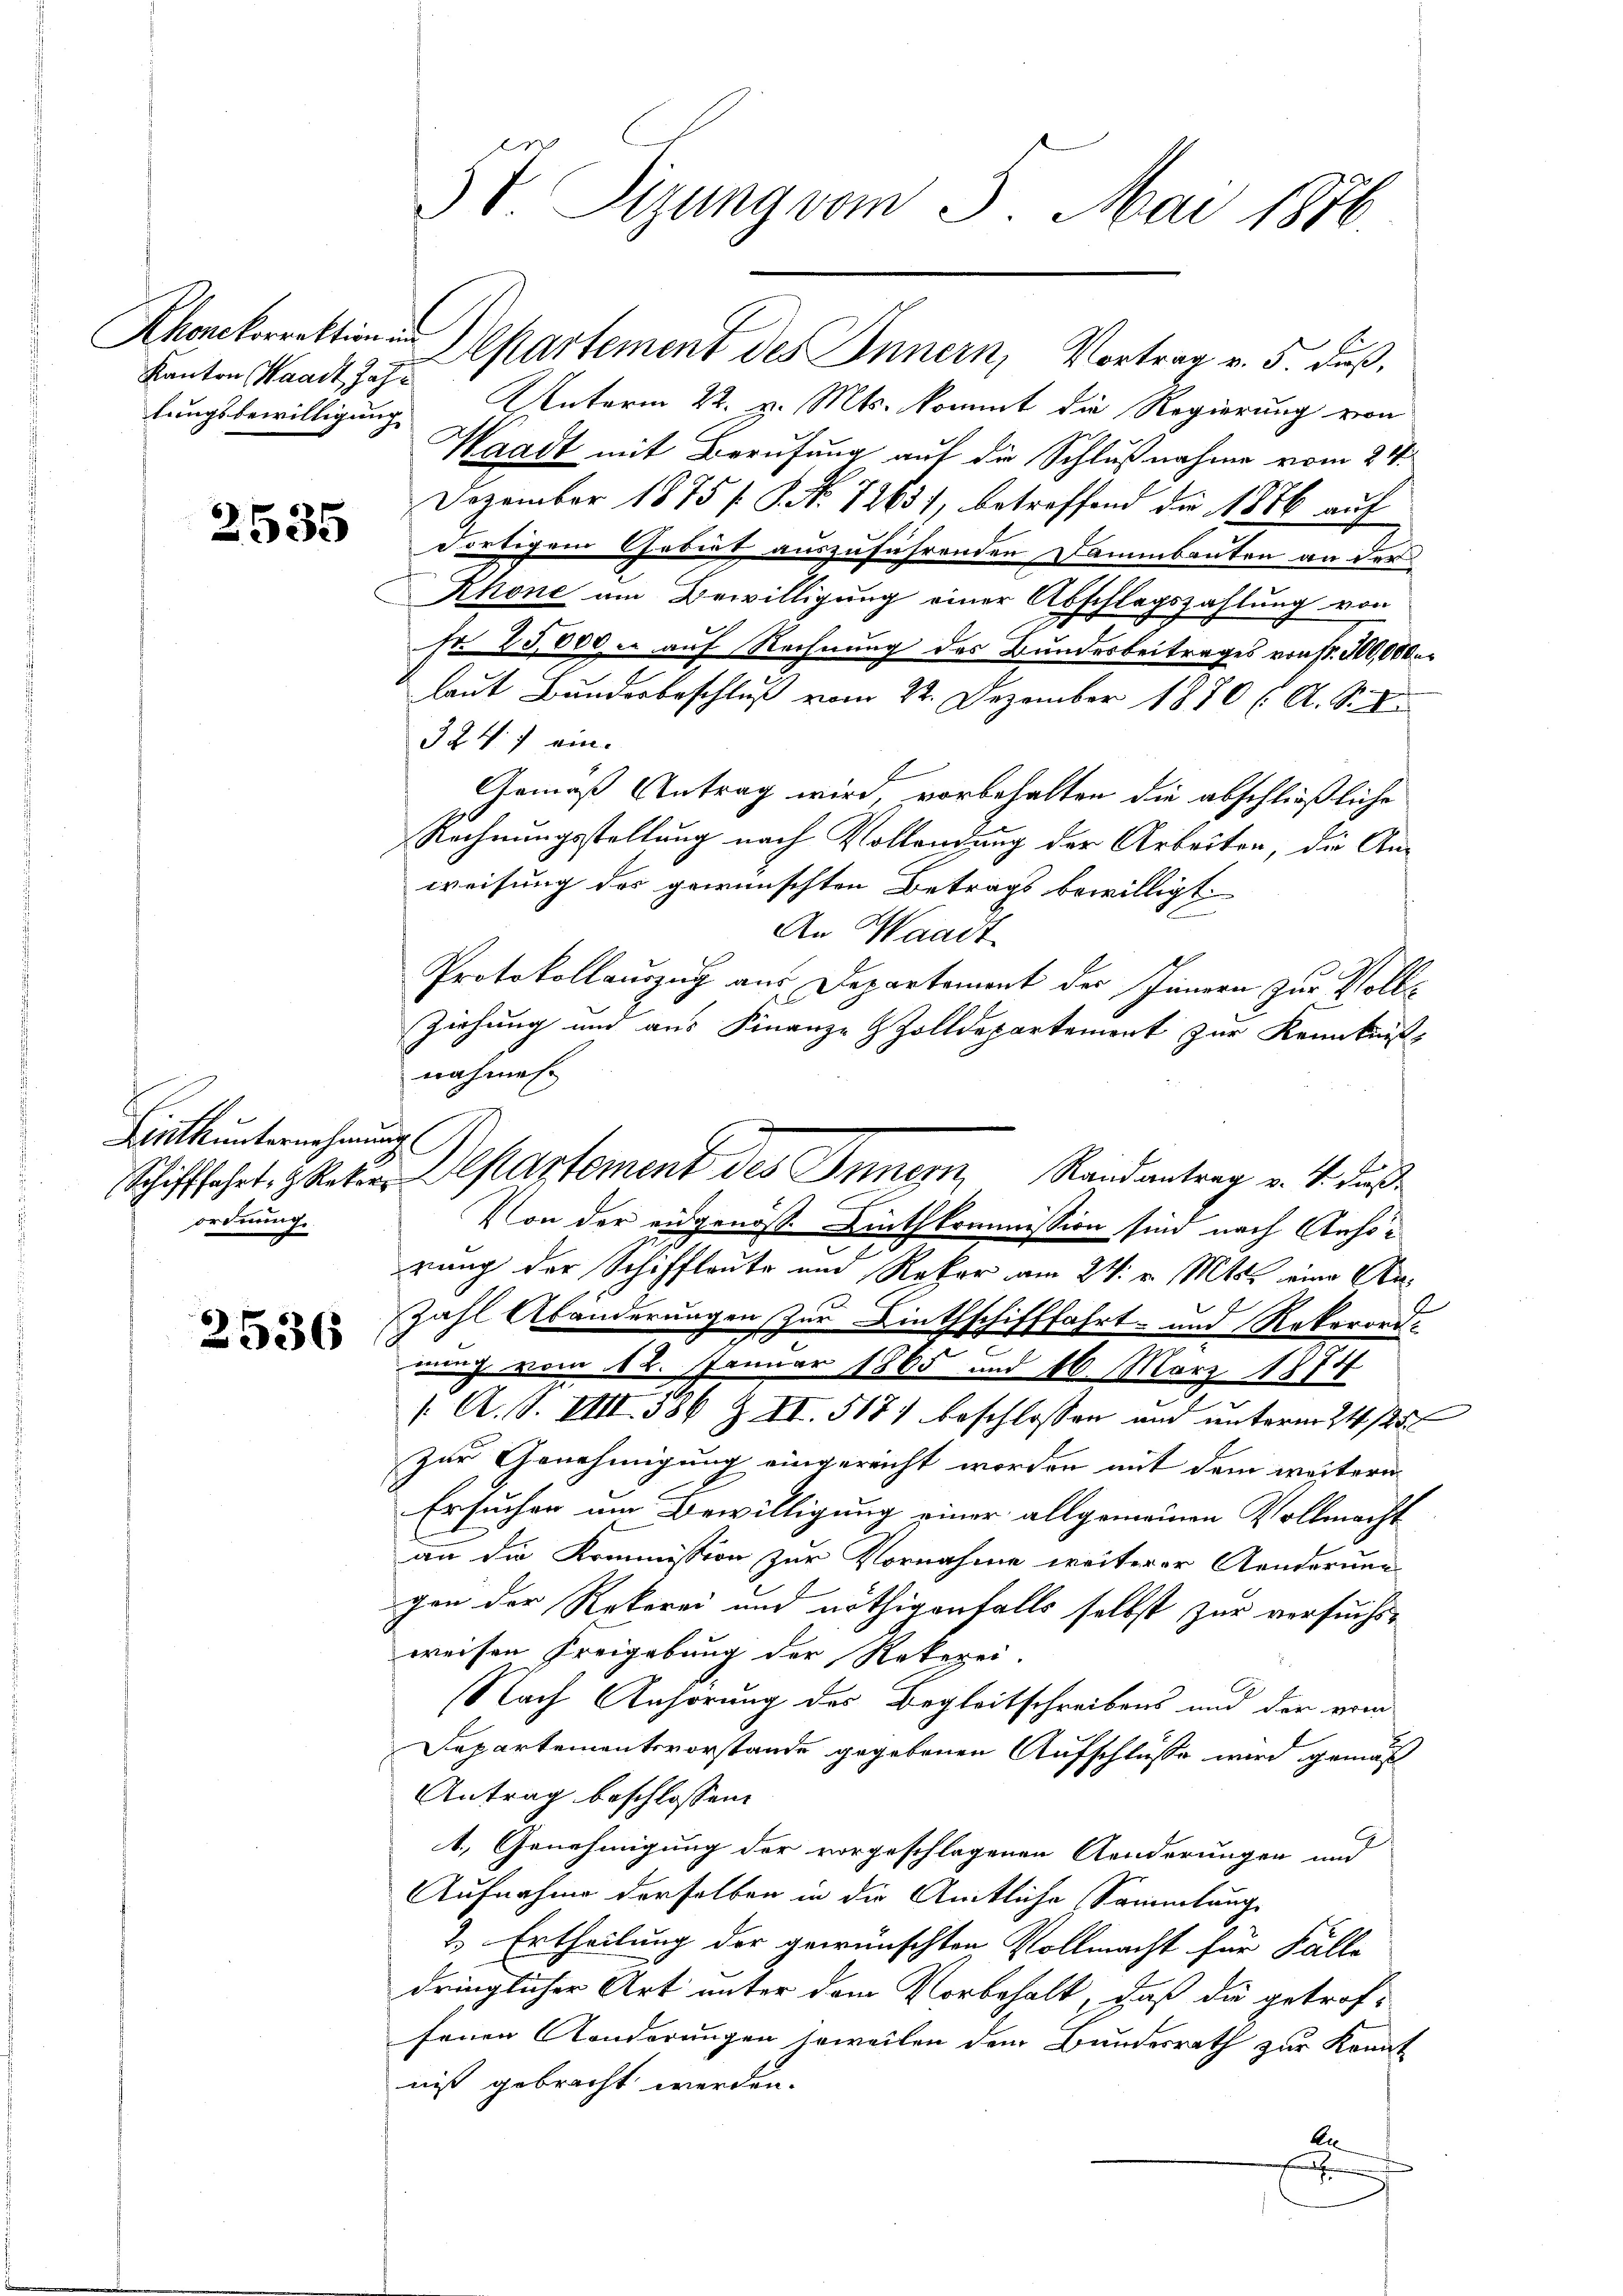
Kanton Waadt Jahr

2535

Linthunternehmung
ordnung.

2536

5t. Sizung vom 5. Mai 1876.

Khonkorrektion in Departement des Innern, Vortrag v. 5. Fuß,
lungsbewilligung Unterm 22. v. Mts. kommt die Regierung von
Waadt mit Berufung auf die Schlußnahme vom 24.
Dezember 1875 s. S. Nr. 72631, betreffend die 1886 auf
dortigem Gebiet auszuführenden Dammbauten an der
Khone am Bewilligung einer Abschlagszahlung von
2
tr 25000 auf Rechnung des Bundesbeitrages von fr. 300,000
laut Bundesbeschluß vom 22. Dezember 1870 ( A. S.
324. 7 ein.
Gemäß Antrag wird vorbehalten die abschließliche
Rechnungsstellung nach Vollendung der Arbeiten, die Anweisung des gewünschten Betrags bewilligt.
b
An Waadt
Protokollauszug aus Departement der Innern zur Voll¬
Ziehung und aus Finanze & Zolldepartement zur Kenntnis,
nahmen.
Von der eidgenöss Linthkommission sind nach Anhörung der Schiffleute um Rekar am 24. v. Mts. eine An¬
Zahl Abänderungen zur Linthschifffahrt- und Rokarord-
ng vom 12. Januar 1865 und 16. März 1874
/. A. S. VIII 586 Z II. 517) beschlossen und unterm 24. 125.
zur Genehmigung eingereicht worden mit dem weitern
Ersuchen um Bewilligung einer allgemeinen Vollmacht
an die Kommission zur Vornahme weiterer Aenderung
gen der Rekerei und nöthigenfalls selbst zur versuchsweisen Freigebung der Rekerei.
Nach Anhörung des Begleitschreibens und der vom
Departementsvorstande gegebenen Aufschlüsse wird gemäß
Antrag beschlossen:
2
1. Genehmigung der vorgeschlagenen Aenderungen und
Aufnahme derselben in die Amtliche Sammlung
2.) Ertheilung der gewünschten Vollmacht für Fälle
dringlicher Art unter dem Vorbehalt, daß die getrof-
fenen Konderungen jeweilen dem Bundesrath zur Konnt
niß gebracht werden.
An
.

Schifffahrt, z. Raten Departement des Innern, Randantrag v. 4. dieß¬